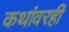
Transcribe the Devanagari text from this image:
कथांवरही